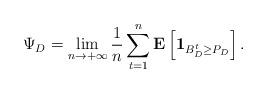
LaTeX: \begin{align*}\Psi_D = \lim_{n \to +\infty} \frac{1}{n} \sum_{t = 1}^{n} \mathbf{E} \left[ \mathbf{1}_{B_{D}^{t} \geq P_{D}} \right].\end{align*}